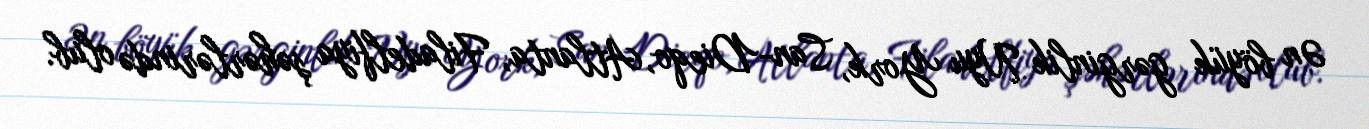
Ən böyük gərginlik Nyu York, San-Dieqo, Atlanta, Filadelfiya şəhərlərində olub.